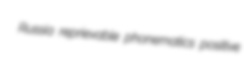
Russia reprievable phonematics positive